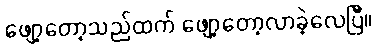
ဖျော့တော့သည်ထက် ဖျော့တော့လာခဲ့လေပြီ။